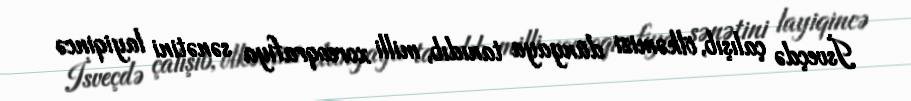
İsveçdə çalışıb, ölkəmizi dünyaya tanıdıb, milli xoreoqrafiya sənətini layiqincə